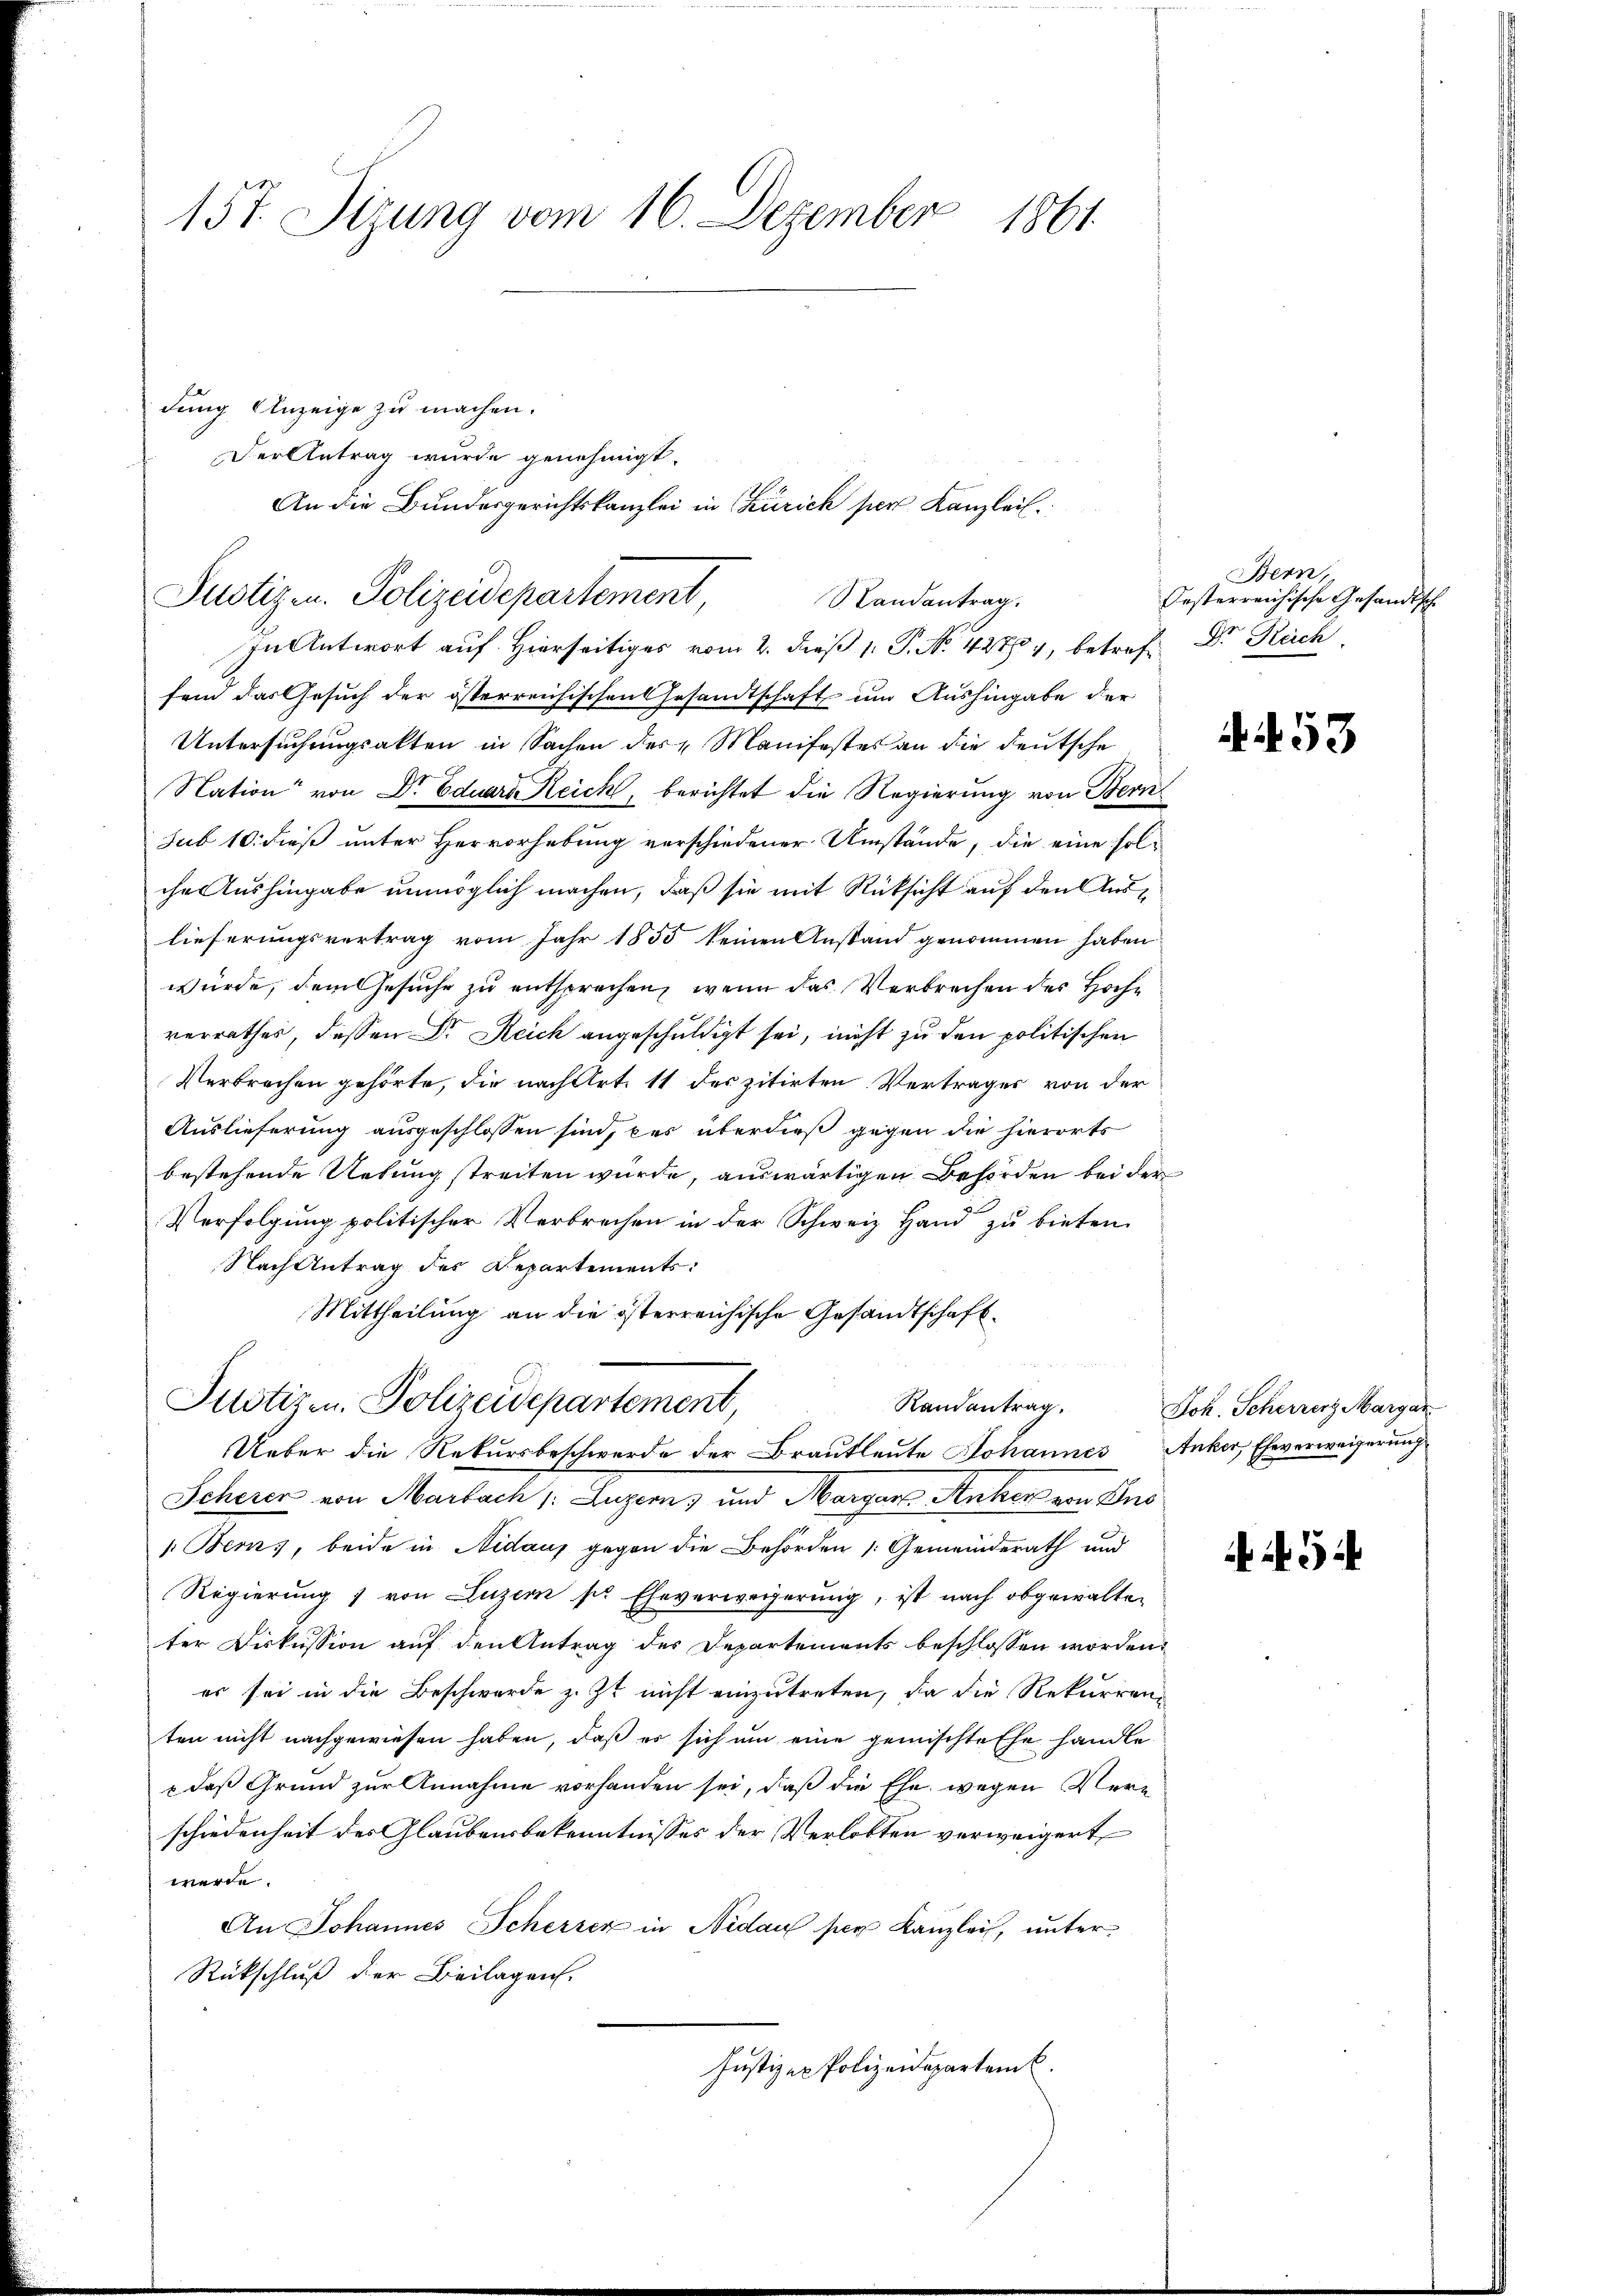
157. Sizung vom 16. Dezember 1861

dung Anzeige zu machen.
fend das Gesuch der österreichischen Gesandtschaft um Aushingabe der
Untersuchungsakten in Sachen des Manifestes an die deutsche
Nation von Dr. Eduard Reich, berichtet die Regierung von Bern
sub 10. dieß unter Hervorhebung verschiedener Umstände, die eine solche Aushingabe unmöglich machen, daß sie mit Rücksicht auf den Auslieferungsvertrag vom Jahr 1855 keinen Anstand genommen haben
würde, dem Gesuche zu entsprechen, wenn das Verbrechen des Hochverrathes, dessen Dr. Reich angeschuldigt sei, nicht zu den politischen
Verbrechen gehörte, die nach Art. 11 des zitirten Vertrages von der
Auslieferung ausgeschlossen sind, des überdieß gegen die hierorts
bestehende Uebung streiten wurde, auswärtigen Behörden bei der
Verfolgung politischer Verbrechen in der Schweiz Hand zu bieten.
Nach Antrag des Departements:
Mittheilung an die österreichische Gesandtschaft.

Justizen. Polizeidepartement,
Randantrag.
Ueber die Rekursbeschwerde der Brautleute Johannes Anker, Eheverweigerung
Scherer von Marbach, Luzern, und Margen Anher von Ins
1. Berns, beide in Nidaus gegen die Behörden Gemeinderath und
Regierung 1 von Luzern pr Eheverweigerŭng, ist nach obgewalten
ter Diskussion auf den Antrag des Departements beschlossen worden.
er sei in die Beschwerde z. Zt. nicht einzutreten, da die Rekurrenz
ten nicht nachgewiesen haben, daß es sich um eine gemischte Ehe handle
x das Grund zur Annahme vorhanden sei, daß die Ehe wegen Verschiedenheit des Glaubensbekenntnisses der Verlobten verweigert
werde.
An Johannes Scherrez in Nidau per Kanzlei, unter¬
Rückschluß der Beilagen.
Justizen Polizeideparteme.

Der Antrag wurde genehmigt.
An die Bundesgerichtskanzlei in Zürich per Kanzleil.
Justizen. Polizeidepartement,
Landantrag.
In Antwort auf Hierseitiges vom 2. dieß 1. P. No. 4270, betref¬

Bern,
Oesterreichische Gesandtsch
Dr. Rech

53

Joh. Scherrenz Margar

3